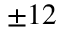
\pm 1 2